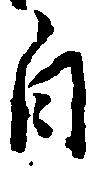
自